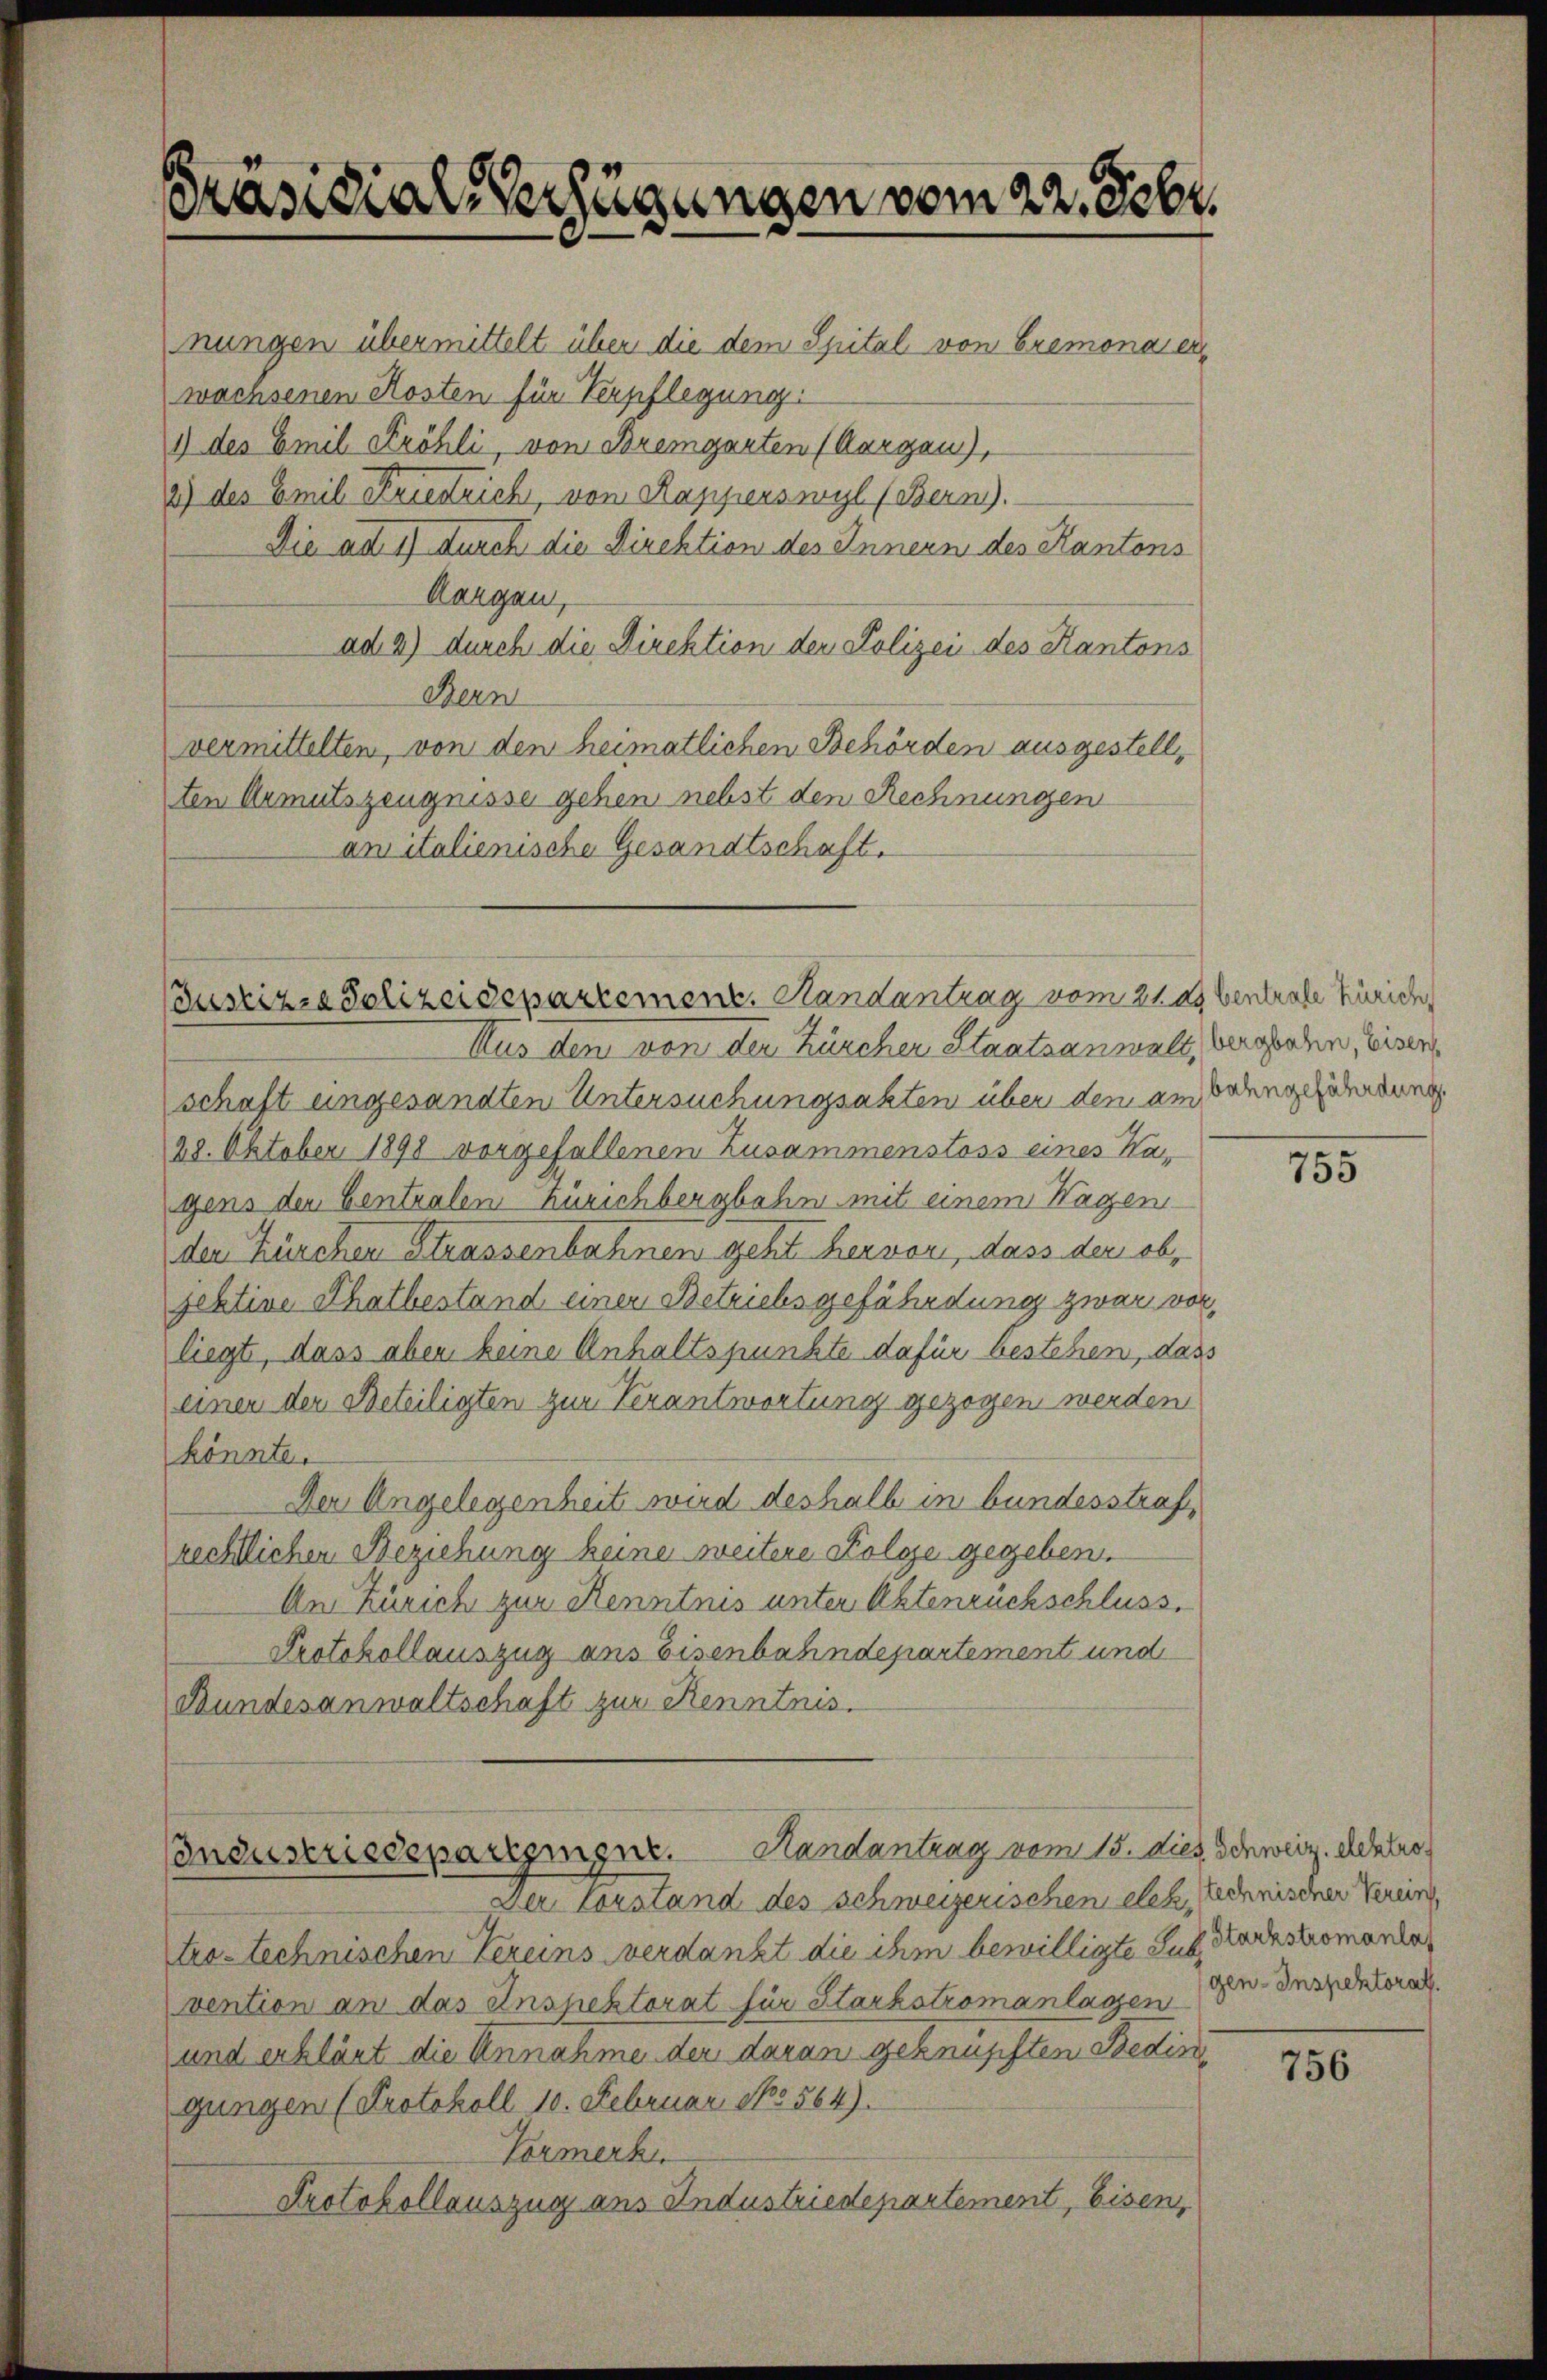
Präsidial-Verfügungen vom 22. Febr.

nungen übermittelt über die dem Spital von Cremonaten,
wachsenen Kosten für Verpflegung
1) des Emil Kröhli, von Bremgarten (Aargau),
2) des Emil Friestrich, von Kapperswyl (Bern).
Die ad 1) durch die Direktion des Innern des Kantons
Aargau,
ad 2) durch die Direktion der Polizei des Kantons
Bern
vermittelten, von den heimatlichen Behörden ausgestellten Armutszeugnisse gehen nebst den Rechnungen
ansitalienische Gesandtschaft.

Justizse Polizeidepartement. Randantrag vom 21 as bentrale Zürich,

Condustriedepargingne. Handantrag vom 15. dies Schweiz. elektro¬
Der Corstand des schweizerischen elek technischer Verein

Aus den von der Zürcher Staatsanwalt, vergehen, Eisenschaft ungesandten Untersuchungsakten über den am Bodengefährdung
28. Oktober 1890 vorgefallenen Zusammenstoss eines Ka-
gens den Centralen Zürichbergbahn mit einem Hagen
den Kirchen Strassenbahnen geht hervor, dass der objektive Thatbestand einen Betrichsgefährdung zwar vor,
liegt, dass aber keine Anhaltspunkte dafür bestehen, dass
einer der Beteiligten zum Verantwortung gezogen werden
könnte.
Der Angelegenheit wird deshalb in bundesstraf,
rechtlichen Beziehung keine weitere Folge gegeben.
An Zürich zur Kenntnis unter Aktenrückschluss.
Protokollauszug aus Eisenbahndepartement und
Bundesanwaltschaft zur Kenntnis.

tro-technischen Vereins verdankt die ihm bewilligte Sub Nachstromanta,
vention an das Inspektorat für Starkstromanlagen. Inspektorat
und erklärt die Annahme der daran geknüpften Bedin
gungen (Protokoll 10. Februar No. 564).
Vormerk
Protokollauszug aus Industriedepartement, Eisen,

755

756